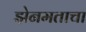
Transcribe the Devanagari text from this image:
झेनमताचा